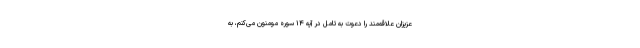
عزیزان علاقه‌مند را دعوت به تامل در آیه ۱۴ سوره مومنون می‌کنم، به